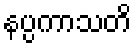
နပ္ပကာသတိ